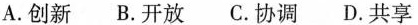
A.创新B.开放C.协调D.共享